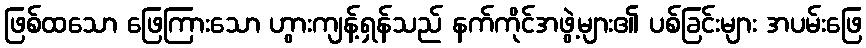
ဖြစ်ထသော ဖြေကြားသော ဟွားကျန့်ရှန်သည် နက်ကိုင်အဖွဲ့များ၏ ပစ်ခြင်းများ အပမ်းဖြေ